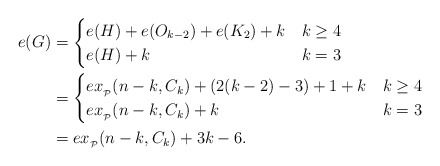
\begin{align*}e(G) &= \begin{cases} e(H)+e(O_{k-2})+e(K_2)+k & k\ge4\\e(H)+k & k=3\\\end{cases}\\&= \begin{cases} ex_{_{\mathcal{P}}}(n-k,C_k)+(2(k-2)-3)+1+k & k\ge4\\ex_{_{\mathcal{P}}}(n-k,C_k)+k & k=3\\\end{cases}\\&=ex_{_{\mathcal{P}}}(n-k,C_k)+3k-6.\end{align*}